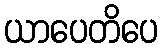
ယာပေတိပေ